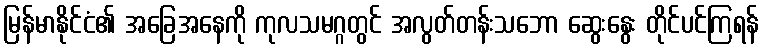
မြန်မာနိုင်ငံ၏ အခြေအနေကို ကုလသမဂ္ဂတွင် အလွတ်တန်းသဘော ဆွေးနွေး တိုင်ပင်ကြရန်